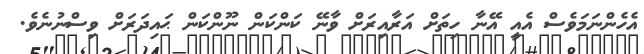
އެހެންނަމަވެސް އެއީ އޭނާ ހިތަށް އަރާއިރަށް ވާނޭ ކަންކަން ނޫންކަން ޙައިދަރަށް ވިސްނުނެވެ.